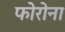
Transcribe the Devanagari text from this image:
फोरोना